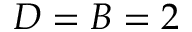
D = B = 2